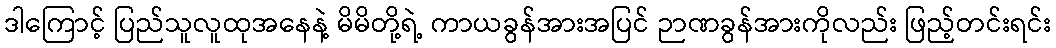
ဒါကြောင့် ပြည်သူလူထုအနေနဲ့ မိမိတို့ရဲ့ ကာယခွန်အားအပြင် ဉာဏခွန်အားကိုလည်း ဖြည့်တင်းရင်း